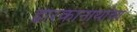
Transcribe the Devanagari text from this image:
द्वारकानाथांचा